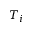
T _ { i }